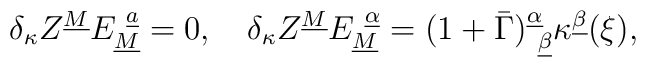
\delta_\kappa Z^{\underline M}E_{\underline M}^{~\underline  a}=0, \quad\delta_\kappa Z^{\underline M}E_{\underline M}^{~\underline \alpha}=(1+\bar\Gamma)_{~\underline\beta}^{\underline\alpha}\kappa^{\underline\beta}(\xi),